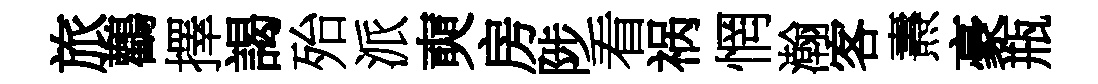
旅鸛擇謁殆派奭房陟看祸惘瀚客燾豪瓶